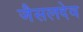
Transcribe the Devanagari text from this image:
जैसलदेव